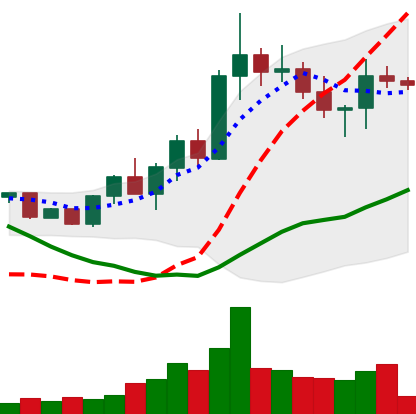
Ticker: XRP-USD
Chart end date: 2022-10-01
Forward return: 3.804%
Label: up_3_5